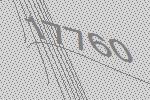
17760